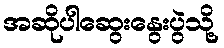
အဆိုပါဆွေးနွေးပွဲသို့